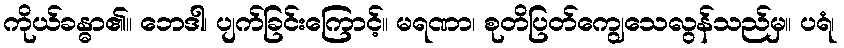
ကိုယ်ခန္ဓာ၏။ ဘေဒါ၊ ပျက်ခြင်းကြောင့်။ မရဏာ၊ စုတိပြတ်ကျွေသေလွန်သည်မှ။ ပရံ၊